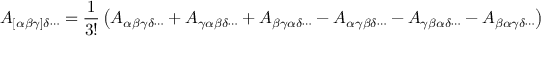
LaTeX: A _ { [ \alpha \beta \gamma ] \delta \cdots } = { \frac { 1 } { 3 ! } } \left( A _ { \alpha \beta \gamma \delta \cdots } + A _ { \gamma \alpha \beta \delta \cdots } + A _ { \beta \gamma \alpha \delta \cdots } - A _ { \alpha \gamma \beta \delta \cdots } - A _ { \gamma \beta \alpha \delta \cdots } - A _ { \beta \alpha \gamma \delta \cdots } \right)